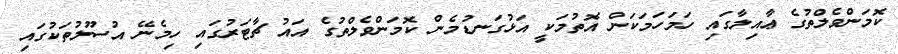
ކޮމަންވެލްތުގެ ޢާއިލާގައި ހަމަހަމަކަން އޮތުމަކީ އަޅުގަނޑުމެން ކޮމަންވެލްތުގެ އައު ޗާޓަރުގައި ހިމެނޭ އުސޫލުތަކުގައި